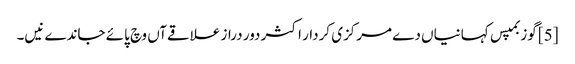
[5] گوزبمپس کہانیاں دے مرکزی کردار اکثر دور دراز علاقےآں وچ پائے جاندے نیں۔